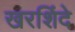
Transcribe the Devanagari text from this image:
खरशिंदे